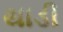
થાડી